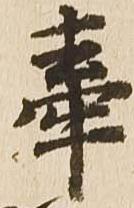
牽